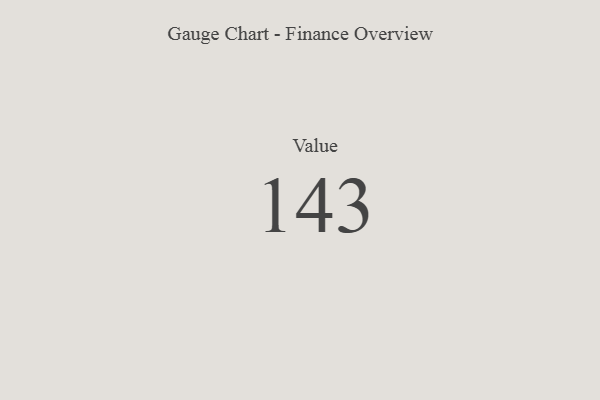
{"axis": {"x": "Metric", "y": "Value"}, "legend": [""], "data": [{"x": "Value", "y": 143, "type": ""}]}